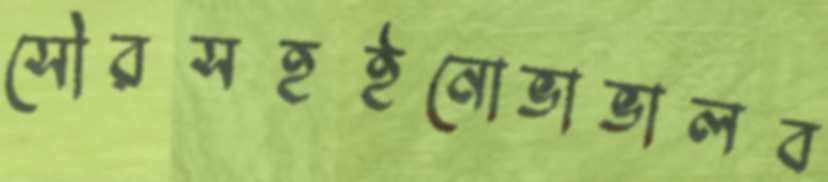
সৌরসহইনোভাভালব